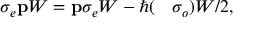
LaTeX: \sigma _ { e } { \bf p } W = { \bf p } \sigma _ { e } W - \hbar ( \mathrm { \boldmath ~ \nabla ~ } \sigma _ { o } ) W / 2 ,